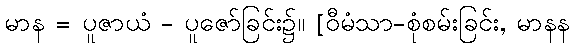
မာန = ပူဇာယံ - ပူဇော်ခြင်း၌။ [ဝီမံသာ-စုံစမ်းခြင်း, မာနန